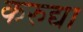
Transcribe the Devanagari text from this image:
करुद्या